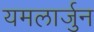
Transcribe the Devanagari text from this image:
यमलार्जुन